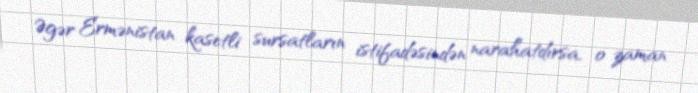
Əgər Ermənistan kasetli sursatların istifadəsindən narahatdırsa, o zaman